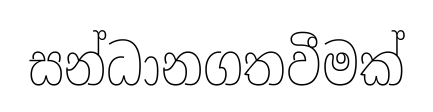
සන්ධානගතවීමක්